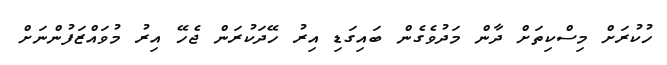
ހުކުރަށް މިސްކިތަށް ދާން މަދުވެގެން ބައިގަޑި އިރު ހޭދަކުރަން ޖެހޭ އިރު މުވައްޒަފުންނަށް